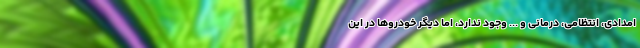
امدادی، انتظامی، درمانی و ... وجود ندارد، اما دیگر خودروها در این